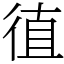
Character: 徝